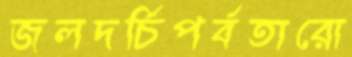
জলদর্চিপর্বতারো